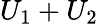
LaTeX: U_{1}+U_{2}